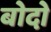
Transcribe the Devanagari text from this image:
बोदो